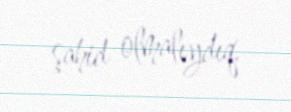
şahid olmalıydıq.